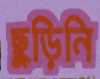
ছুড়িনি